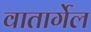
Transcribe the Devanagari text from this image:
वातार्गेल